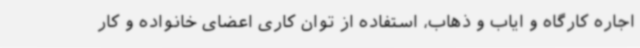
اجاره کارگاه و ایاب و ذهاب، استفاده از توان کاری اعضای خانواده و کار